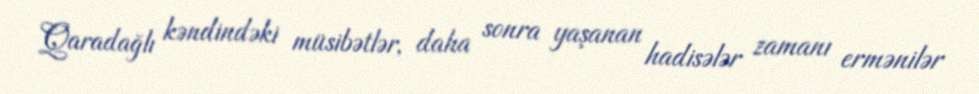
Qaradağlı kəndindəki müsibətlər, daha sonra yaşanan hadisələr zamanı ermənilər